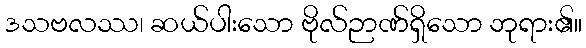
ဒသဗလဿ၊ ဆယ်ပါးသော ဗိုလ်ဉာဏ်ရှိသော ဘုရား၏။